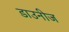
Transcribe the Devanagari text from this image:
डाउनीज